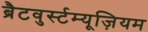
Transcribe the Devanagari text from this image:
ब्रैटवुर्स्टम्यूज़ियम